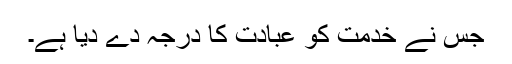
جس نے خدمت کو عبادت کا درجہ دے دیا ہے۔